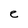
Character: e